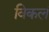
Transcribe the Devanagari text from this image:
विकलं